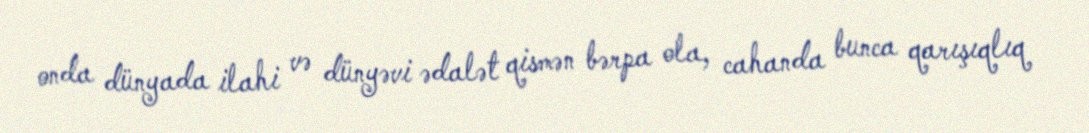
onda dünyada ilahi və dünyəvi ədalət qismən bərpa ola, cahanda bunca qarışıqlıq